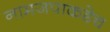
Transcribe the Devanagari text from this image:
नामजपाकडेच